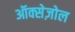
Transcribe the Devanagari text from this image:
ऑक्सेज़ोल